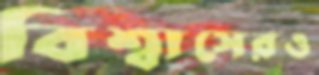
বিশ্বাসেরও